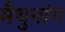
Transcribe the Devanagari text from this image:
मैथुनांग